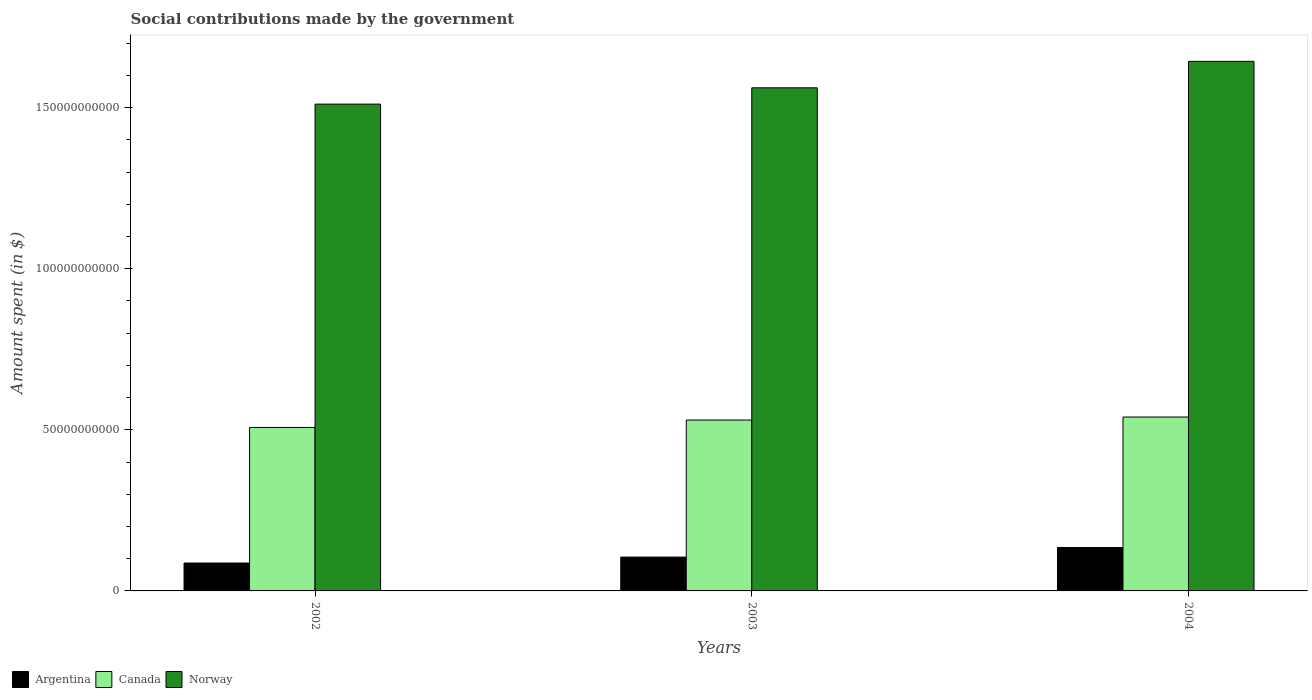
| Years | Argentina | Canada | Norway |
 | --- | --- | --- | --- |
 | 2002 | 8.66e+09 | 5.07e+10 | 1.51e+11 |
 | 2003 | 1.05e+10 | 5.3e+10 | 1.56e+11 |
 | 2004 | 1.35e+10 | 5.4e+10 | 1.64e+11 |